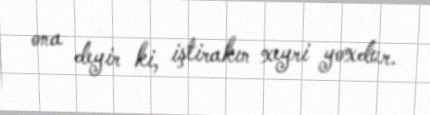
ona deyir ki, iştirakın xeyri yoxdur.